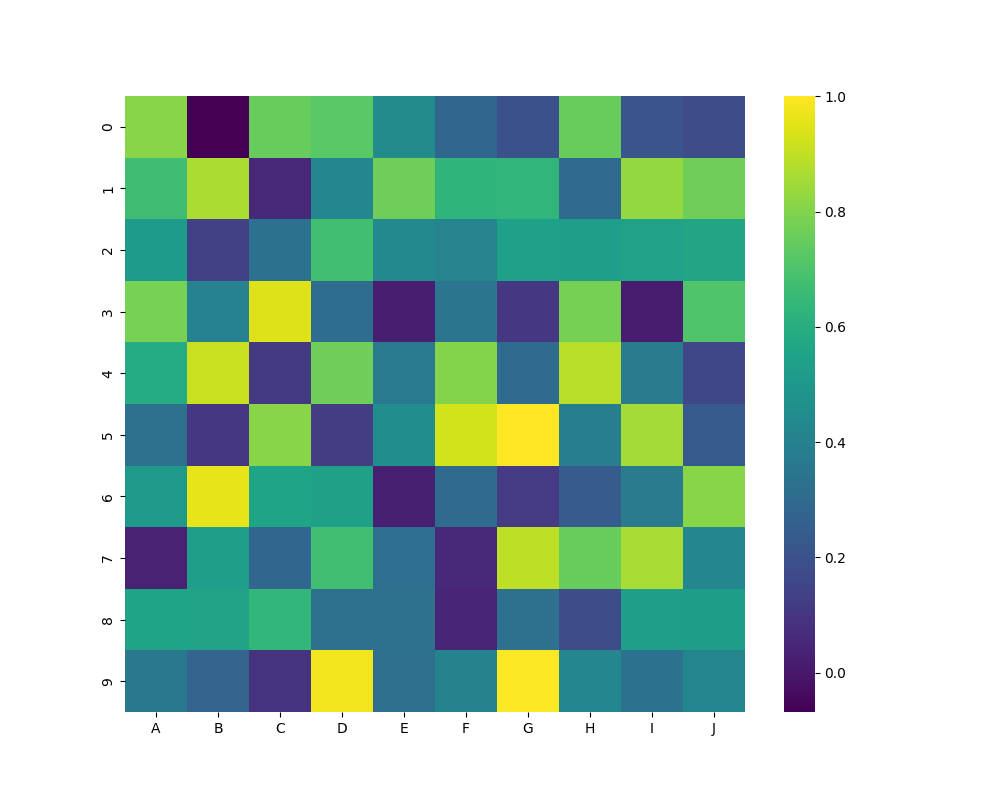
python, seaborn, heatmap, cmap='viridis', linewidths=0.0, center=none